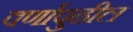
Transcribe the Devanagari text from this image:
वर्णापुढील